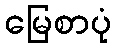
မြေစာပုံ